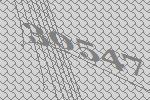
30547